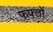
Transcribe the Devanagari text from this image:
फफ्तों